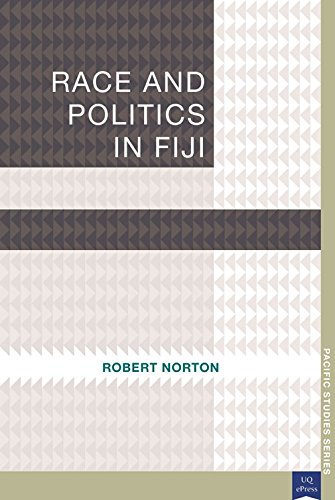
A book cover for Race and Politics in Fiji (Pacific Studies series); Robert Norton; History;